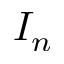
I _ { n }